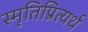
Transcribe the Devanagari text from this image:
स्मृतिप्रित्यर्थ